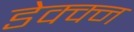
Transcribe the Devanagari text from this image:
डेक्क्न